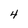
Character: 4